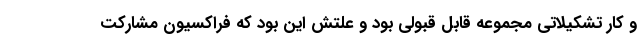
و کار تشکیلاتی مجموعه قابل قبولی بود و علتش این بود که فراکسیون مشارکت